Tezpur Lunatic Asylum reports 1877-1894 - 1877-1894
Year: 1877
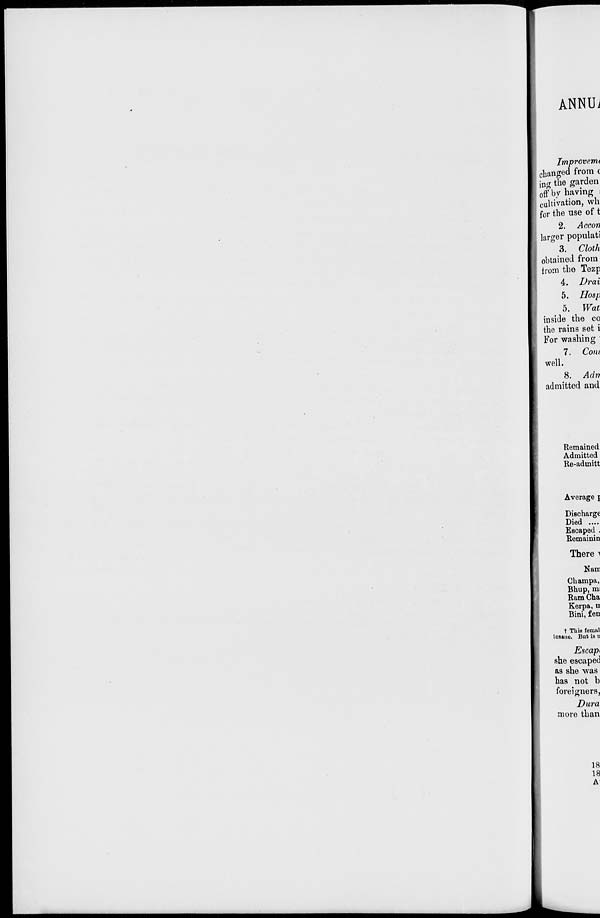
ANNUJ
Irnprovetnt
changed from c
ing the garden
0 ff by having i
cultivation, wh
for the use of t
2. Accon
larger populati
3. Cloth
obtained from
trom the Tezp
4. Drai
5. IIosp
5. Wat
inside the co
the rains set i
For washing
7. Com
well.
8. Adrt
admitted and
Remained
Admitted
Re-admitt
Average j
Discharge
Died ....
Escaped .
Remainin
There A
Nam
Champa.
Bhup, m;
Ram Cha
Kerpa, n
Bini, fen
t This fcmnl
insane. But is u
Escapt
she escaped
as she was
has not b
foreigners,
Dura
more than
18
18
A